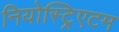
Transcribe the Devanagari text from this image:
नियोस्ट्रिएटम